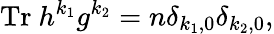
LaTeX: \mathrm{Tr}~h^{k_{1}}g^{k_{2}}=n\delta_{k_{1},0}\delta_{k_{2},0},